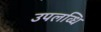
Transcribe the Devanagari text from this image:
उपलव्धि